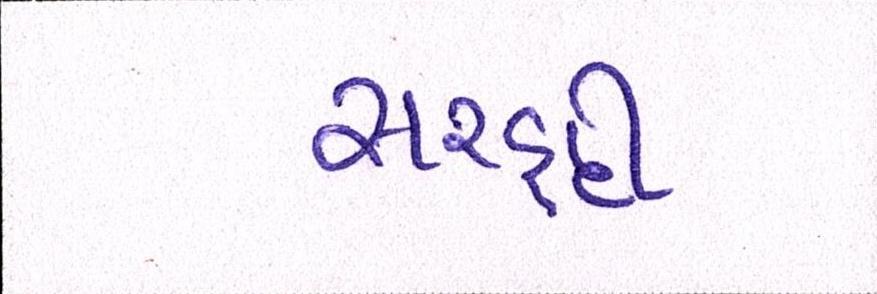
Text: સરહદી